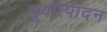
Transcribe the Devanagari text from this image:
पूयोत्पादन